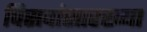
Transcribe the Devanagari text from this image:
पिसवांसारख्या